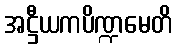
အဋ္ဌီယကပိဏ္ဍမေတိ